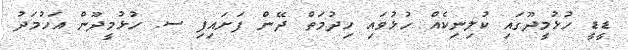
ޑީޑީ ހުޅުމީދޫގައި ކުލިނިކެއް ހުޅުވައި ހިދުމަތް ދޭން ފަށައިފި ސ. ހުޅުމީދޫން އަހުމަދު